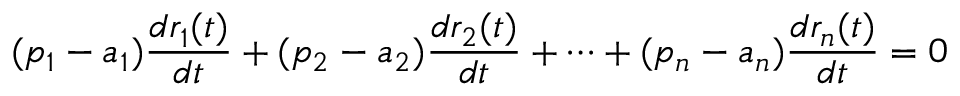
( p _ { 1 } - a _ { 1 } ) { \frac { d r _ { 1 } ( t ) } { d t } } + ( p _ { 2 } - a _ { 2 } ) { \frac { d r _ { 2 } ( t ) } { d t } } + \cdots + ( p _ { n } - a _ { n } ) { \frac { d r _ { n } ( t ) } { d t } } = 0